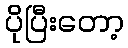
ပိုပြီးတော့